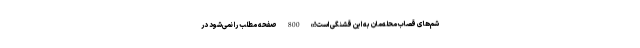
شم‌های قصاب محله‌مان به این قشنگی است!» 800 صفحه مطلب را نمی‌شود در